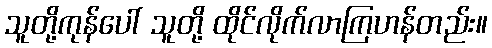
သူတို့ကုန်ပေါ် သူတို့ ထိုင်လိုက်လာကြဟန်တည်း။